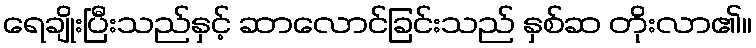
ရေချိုးပြီးသည်နှင့် ဆာလောင်ခြင်းသည် နှစ်ဆ တိုးလာ၏။